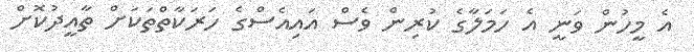
އެ މީހުން ވަނީ އެ ހަމަލާގެ ކުރިން ވެސް އައިއެސްގެ ހަރަކާތްތަކަށް ތާއީދުކޮށް